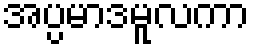
အပ္ပမာဒမူလကာ